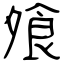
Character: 飧